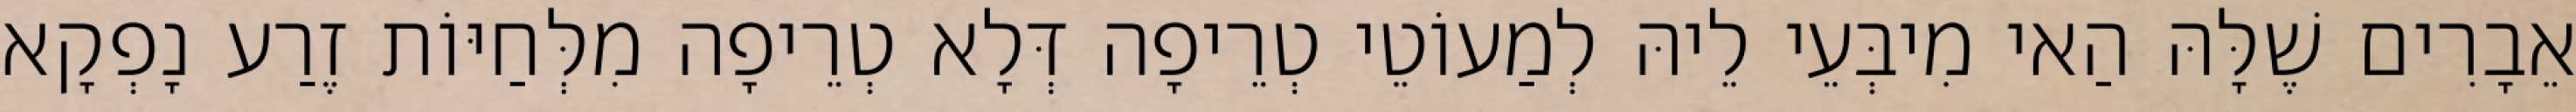
אֵבָרִים שֶׁלָּהּ הַאי מִיבְּעֵי לֵיהּ לְמַעוֹטֵי טְרֵיפָה דְּלָא טְרֵיפָה מִלְּחַיּוֹת זֶרַע נָפְקָא